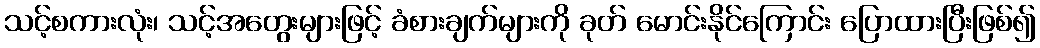
သင့်စကားလုံး၊ သင့်အတွေးများဖြင့် ခံစားချက်များကို ခုတ် မောင်းနိုင်ကြောင်း ပြောထားပြီးဖြစ်၍